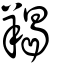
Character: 羯